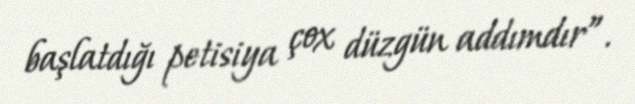
başlatdığı petisiya çox düzgün addımdır”.